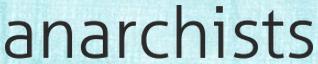
anarchists